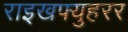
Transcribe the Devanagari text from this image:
राइखफ्युहरर